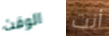
الوقت أنت